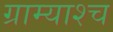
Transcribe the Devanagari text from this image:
ग्राम्याश्च